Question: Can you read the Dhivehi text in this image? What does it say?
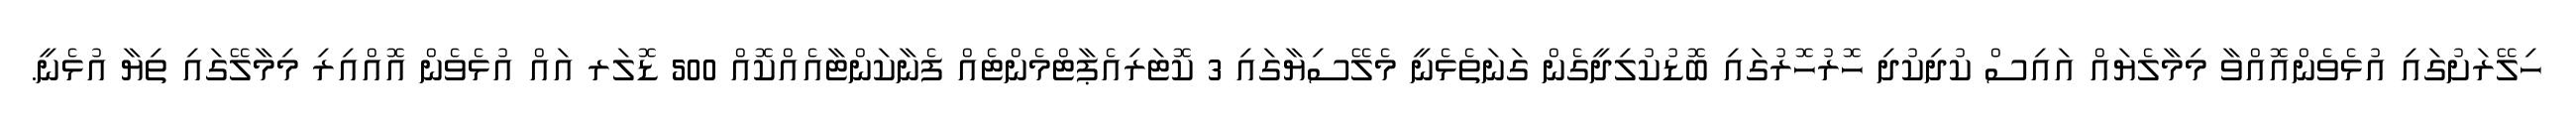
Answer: ހިލޭރަށުގައި އުޅެވެންއޮއްވާ މިމާލެޔައް އައިސް ކުދިކުދި ހޮރުހޮރުގައި ބޮޑުކުލިދީގެން ގަނަތެޅެނީ މެލޭސިޔާގައި 3 ކޮޓަރިއެޕާޓްމެންޓެއް ފެނާކަންޓާއެއްކޮއް 500 ޑޮލަރ އައް އުޅެވެން އޮއްއިރި މިމާލޭގައި ތިޔާ އުޅެނީ.